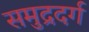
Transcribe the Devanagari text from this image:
समुद्रदर्ग